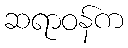
ဆရာဝန်က